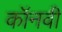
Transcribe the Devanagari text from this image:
कॉनवी